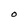
Character: O